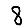
Digit: 8